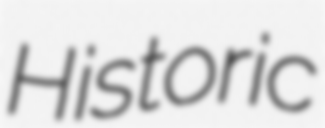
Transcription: Historic